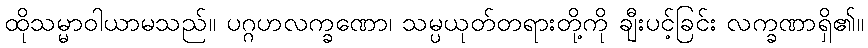
ထိုသမ္မာဝါယာမသည်။ ပဂ္ဂဟလက္ခဏော၊ သမ္ပယုတ်တရားတို့ကို ချီးပင့်ခြင်း လက္ခဏာရှိ၏။